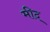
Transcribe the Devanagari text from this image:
मीद